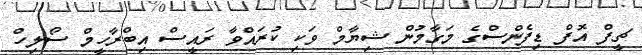
ޗީފް އޮފް ޑިފެންސްގެ މަގާމުން ޝިޔާމް ވަކި ކުރައްވާ ރައީސް އިބްރާހީމް ސޯލިހް